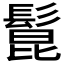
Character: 𩭭